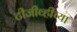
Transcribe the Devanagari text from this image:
टीजीव्हीच्या